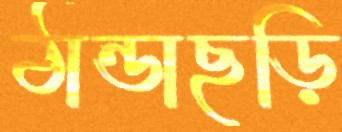
ঠান্ডাছড়ি